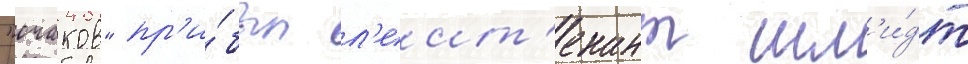
"очаков" пр'и́был л'еит'енант шм'и́дт